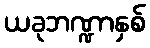
ယခုဘဏ္ဍာနှစ်